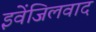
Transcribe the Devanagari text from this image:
इवेंजिलवाद